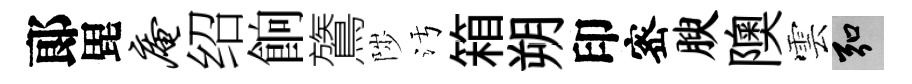
郞毘庵绍餉鷟陟污箱朔印宻腴隩雲弘